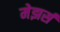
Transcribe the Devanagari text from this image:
मेझर्स